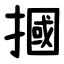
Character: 摑